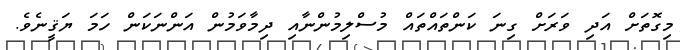
މިގޮތަށް އަދި ވަރަށް ގިނަ ކަންތައްތައް މުސްލިމުންނާއި ދިިމާވަމުން އަންނަކަން ހަމަ ޔަޤީނެވެ.